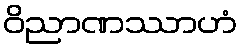
ဝိညာဏဿာဟံ